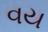
વય